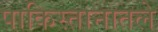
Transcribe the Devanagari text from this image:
पाकिस्तानातले